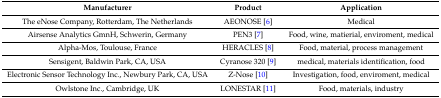
<table><thead><tr><td><b>Manufacturer</b></td><td><b>Product</b></td><td><b>Application</b></td></tr></thead><tbody><tr><td>The eNose Company, Rotterdam, The Netherlands</td><td>AEONOSE [6]</td><td>Medical</td></tr><tr><td>Airsense Analytics GmnH, Schwerin, Germany</td><td>PEN3 [7]</td><td>Food, wine, matierial, enviroment, medical</td></tr><tr><td>Alpha-Mos, Toulouse, France</td><td>HERACLES [8]</td><td>Food, material, process management</td></tr><tr><td>Sensigent, Baldwin Park, CA, USA</td><td>Cyranose 320 [9]</td><td>medical, materials identification, food </td></tr><tr><td>Electronic Sensor Technology Inc., Newbury Park, CA, USA</td><td>Z-Nose [10]</td><td>Investigation, food, enviroment, medical</td></tr><tr><td>Owlstone Inc., Cambridge, UK</td><td>LONESTAR [11]</td><td>Food, materials, industry</td></tr></tbody></table>